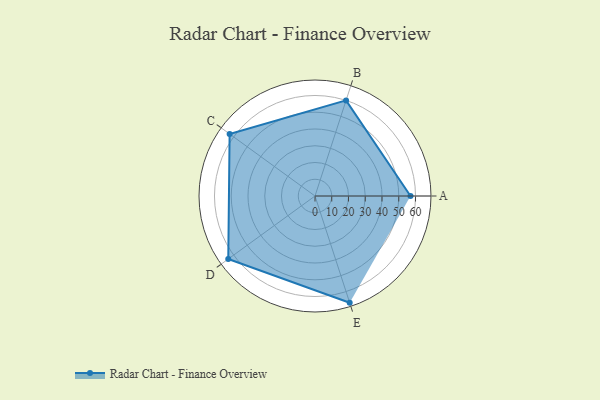
{"axis": {"x": "Skill", "y": "Score"}, "legend": ["Profile"], "data": [{"x": "A", "y": 57.0, "type": "Profile"}, {"x": "B", "y": 60.0, "type": "Profile"}, {"x": "C", "y": 63.0, "type": "Profile"}, {"x": "D", "y": 64.0, "type": "Profile"}, {"x": "E", "y": 67.0, "type": "Profile"}]}